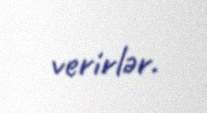
verirlər.